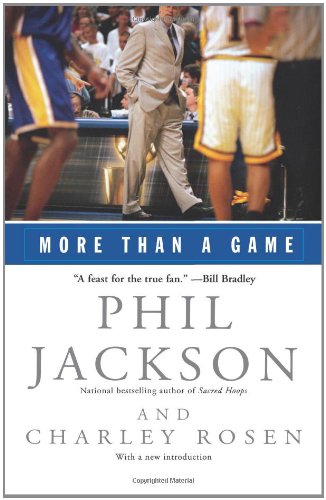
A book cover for More than a Game; Phil Jackson; Sports & Outdoors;